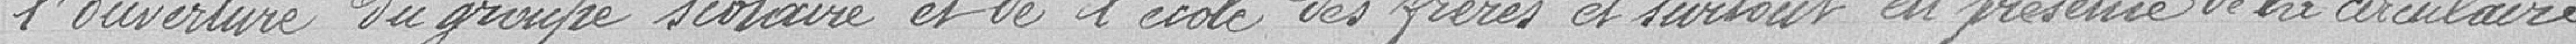
l'ouverture du groupe scolaire et de l'école des frères et surtout en présence de la circulaire